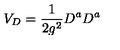
V _ { D } = { \frac { 1 } { 2 g ^ { 2 } } } D ^ { a } D ^ { a }